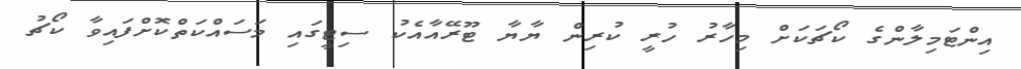
އިންޓަމިލާންގެ ކޯޗަކަށް މިހާރު ހުރީ ކުރިން ޔާޔާ ޓޫރޭއާއެކު ސިޓީގައި މަސައްކަތްކޮށްފައިވާ ކޯޗު